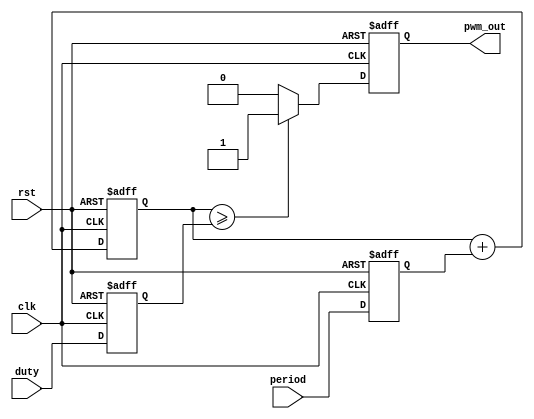

`timescale 1ns / 1ps
module ax_pwm
#(
parameter N = 16 
)
(
input               clk,            
input               rst,            
input[N - 1:0]      period,         
input[N - 1:0]      duty,           
output              pwm_out         
);
reg[N - 1:0]        period_r;       
reg[N - 1:0]        duty_r;         
reg[N - 1:0]        period_cnt;     
reg                 pwm_r;          
assign pwm_out = pwm_r;

always@(posedge clk or posedge rst)
begin
    if(rst==1)
    begin
        period_r <= { N {1'b0} };
        duty_r <= { N {1'b0} };
    end
    else
    begin
        period_r <= period;
        duty_r   <= duty;
    end
end

always@(posedge clk or posedge rst)
begin
    if(rst==1)
        period_cnt <= { N {1'b0} };
    else
        period_cnt <= period_cnt + period_r;
end
 
always@(posedge clk or posedge rst)
begin
    if(rst==1)
    begin
        pwm_r <= 1'b0;
    end
    else
    begin
        if(period_cnt >= duty_r)
            pwm_r <= 1'b1;
        else
            pwm_r <= 1'b0;
    end
end

endmodule